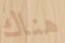
هناك